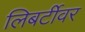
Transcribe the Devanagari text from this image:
लिबर्टीवर